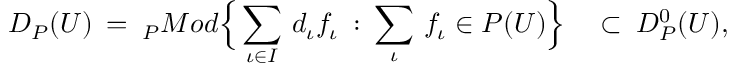
{ \cal D } _ { \cal P } ( U ) \: = \: _ { \cal P } M o d \Big \{ \sum _ { \iota \in I } \, d _ { \iota } f _ { \iota } \: : \: \sum _ { \iota } \, f _ { \iota } \in { \cal P } ( U ) \Big \} \quad \subset \: { \cal D } _ { \cal P } ^ { 0 } ( U ) ,